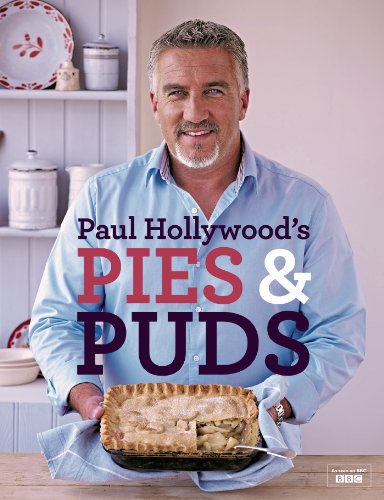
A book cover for Paul Hollywood's Pies and Puds (Shakespeare Today); Paul Hollywood; Cookbooks, Food & Wine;